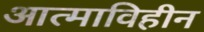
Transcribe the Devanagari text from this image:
आत्माविहीन